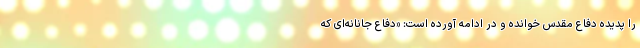
را پدیده دفاع مقدس خوانده و در ادامه آورده است: «دفاع جانانه‌ای که